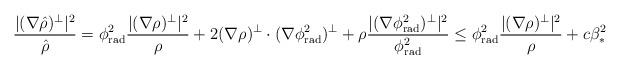
LaTeX: \begin{align*}\frac{|(\nabla{\hat\rho})^{\perp}|^2}{\hat\rho}=\phi_{\rm rad}^2\frac{|(\nabla\rho)^{\perp}|^2}{\rho}+2(\nabla\rho)^{\perp}\cdot(\nabla\phi_{\rm rad}^2)^{\perp}+\rho\frac{|(\nabla\phi_{\rm rad}^2)^{\perp}|^2}{\phi_{\rm rad}^2}\leq \phi_{\rm rad}^2\frac{|(\nabla\rho)^{\perp}|^2}{\rho}+c\beta_*^2\end{align*}